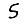
Digit: 5